Scientific memoirs by medical officers of the Army of India - Part VIII,
Year: 1894
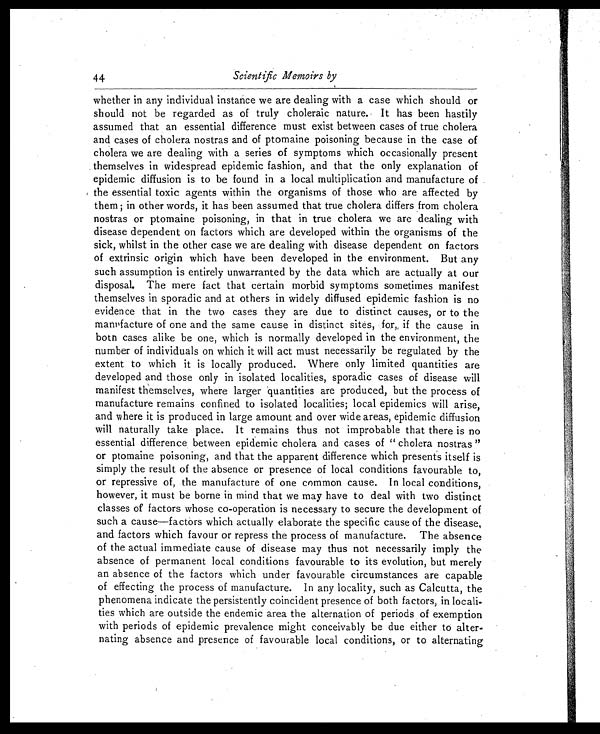
44
Scientific Memoirs by
whether in any individual instance we are dealing with a case which should or
should not be regarded as of truly choleraic nature. It has been hastily
assumed that an essential difference must exist between cases of true cholera
and cases of cholera nostras and of ptomaine poisoning because in the case of
cholera we are dealing with a series of symptoms which occasionally present
themselves in widespread epidemic fashion, and that the only explanation of
epidemic diffusion is to be found in a local multiplication and manufacture of
the essential toxic agents within the organisms of those who are affected by
them ; in other words, it has been assumed that true cholera differs from cholera
nostras or ptomaine poisoning, in that in true cholera we are dealing with
disease dependent on factors which are developed within the organisms of the
sick, whilst in the other case we are dealing with disease dependent on factors
of extrinsic origin which have been developed in the environment. But any
such assumption is entirely unwarranted by the data which are actually at our
disposal. The mere fact that certain morbid symptoms sometimes manifest
themselves in sporadic and at others in widely diffused epidemic fashion is no
evidence that in the two cases they are due to distinct causes, or to the
manufacture of one and the same cause in distinct sites, for,, if the cause in
both cases alike be one, which is normally developed in the environment, the
number of individuals on which it will act must necessarily be regulated by the
extent to which it is locally produced. Where only limited quantities are
developed and those only in isolated localities, sporadic cases of disease will
manifest themselves, where larger quantities are produced, but the process of
manufacture remains confined to isolated localities; local epidemics will arise,
and where it is produced in large amount and over wide areas, epidemic diffusion
will naturally take place. It remains thus not improbable that there is no
essential difference between epidemic cholera and cases of " cholera ,nostras "
or ptomaine poisoning, and that the apparent difference which presents itself is
simply the result of the absence or presence of local conditions favourable to,
or repressive of, the manufacture of one common cause. In local conditions,
however, it must be borne in mind that we may have to deal with two distinct
classes of factors whose co-operation is necessary to secure the development of
such a cause—factors which actually elaborate the specific cause of the disease,
and factors which favour or repress the process of manufacture. The absence
of the actual immediate cause of disease may thus not necessarily imply the
absence of permanent local conditions favourable to its evolution, but merely
an absence of the factors which under favourable circumstances are capable
of effecting the process of manufacture. In any locality, such as Calcutta, the
phenomena indicate the persistently coincident presence of both factors, in locali-
ties which are outside the endemic area the alternation of periods of exemption
with periods of epidemic prevalence might conceivably be due either to alter-
nating absence and presence of favourable local conditions, or to alternating
TrW
C.